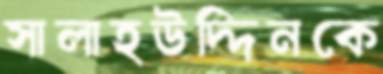
সালাহউদ্দিনকে